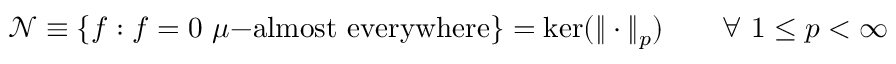
{ \mathcal { N } } \equiv \{ f : f = 0 \ \mu { \mathrm { - a l m o s t ~ e v e r y w h e r e } } \} = \ker ( \| \cdot \| _ { p } ) \qquad \forall \ 1 \leq p < \infty